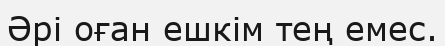
Әрі оған ешкім тең емес.